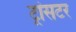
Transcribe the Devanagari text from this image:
ट्रांसटर